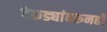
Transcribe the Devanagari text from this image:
टेकड्यांवरुनही